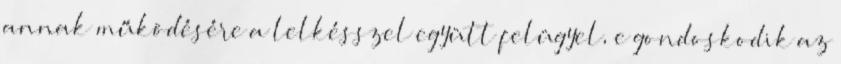
annak működésére a lelkésszel együtt felügyel, e gondoskodik az